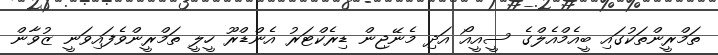
ތަމްރީންތަކުގައި ބީއެމްއެލްގެ ސީއީއޯ އަދި މެނޭޖިން ޑިރެކްޓަރު އެންޑްރޫ ހީލީ ތަމްރީންވެފައިވަނީ ޒުވާން